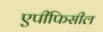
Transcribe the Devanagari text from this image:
एपीफिसील